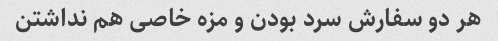
هر دو سفارش سرد بودن و مزه خاصی هم نداشتن